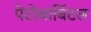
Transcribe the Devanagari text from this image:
पेंटोबार्बिटल